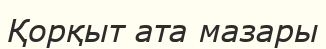
Қорқыт ата мазары